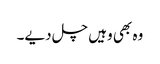
وہ بھی وہیں چل دیے۔